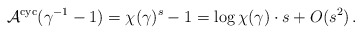
\begin{align*} \mathcal{A}^{\rm cyc}(\gamma^{-1}-1)=\chi(\gamma)^s-1=\log\chi(\gamma)\cdot s+O(s^2)\,. \end{align*}